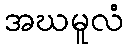
အဃမူလံ